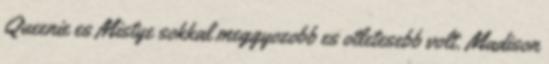
Queenie es Mistye sokkal meggyozobb es otletesebb volt. Madison